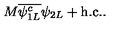
M { \overline { { \psi _ { 1 L } ^ { c } } } } \psi _ { 2 L } + \mathrm { h . c . } .